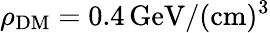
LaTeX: \rho_{\mathrm{DM}}=0.4\, \mathrm{GeV}/(\mathrm{cm)^{3}}